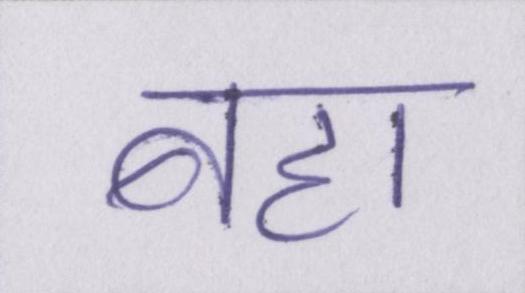
बहा